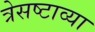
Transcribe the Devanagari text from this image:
त्रेसष्टाव्या